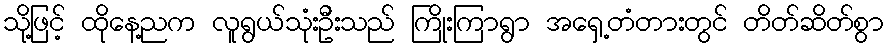
သို့ဖြင့် ထိုနေ့ညက လူရွယ်သုံးဦးသည် ကြိုးကြာရွာ အရှေ့တံတားတွင် တိတ်ဆိတ်စွာ